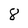
Character: 8